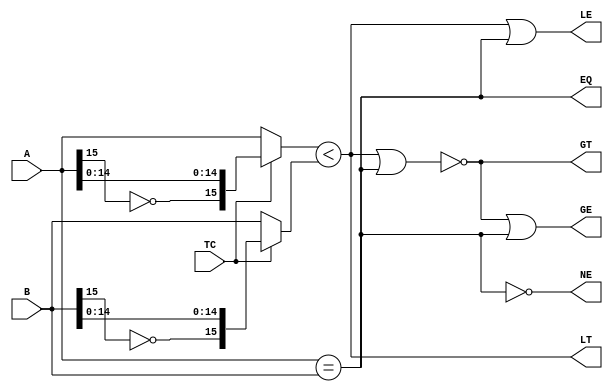


//--------------------------------------------------------------------------------------------------
//
// Title       : DW01_cmp6
// Design      : DW01_cmp6


//-------------------------------------------------------------------------------------------------
//
// Description : DW01_cmp6 is a two-input comparator. DW01_cmp6 compares two signed or 
// unsigned numbers (A and B) and produces the following six output conditions:
// 1. Less-than (LT),
// 2. Greater-than (GT),
// 3. Equal (EQ),
// 4. Less-than-or-equal (LE),
// 5. Greater-than-or-equal (GE), and
// 6. Not equal (NE).
// The input signal TC determines whether the two input numbers are compared as unsigned
// (TC=0) or signed (TC=1).
//
//-------------------------------------------------------------------------------------------------
`timescale 1ns/10ps
module DW01_cmp6 (A, B, TC, LT, GT, EQ, LE, GE, NE)/* synthesis syn_builtin_du = "weak" */;

parameter width = 16;

input [width - 1 : 0] A;
input [width - 1 : 0] B;
input  				  TC;  
output 				  LT;  
output 				  GT;  
output 				  EQ;  
output 				  LE;  
output 				  GE;  
output 				  NE;  

//Internal data type declaration
reg  [width - 1:0]     pa;
reg  [width - 1:0]     pb;

always @( A or B or TC )
	if ( TC )
	begin
			pa = {~A[width - 1],A[width - 2 : 0]};
			pb = {~B[width - 1],B[width - 2 : 0]};
		end
	else
		begin 
			pa = A;
			pb = B;
		end
		
wire LT = pa < pb;
wire EQ = A == B;
assign GT = ~(LT || EQ);

assign LE = LT | EQ;

assign GE = GT | EQ;

assign NE = ~ EQ;

endmodule